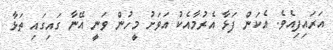
އަރައިފިއެވެ. އެކަން ފަޅާ އެރުމާއެކު އަވަށުު މީހުން ވަނީ އޭނާ ގައިގައި ތަޅާ